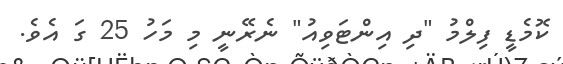
ކޮމެޑީ ފިލްމު "ދި އިންޓަވިއު" ނެރޭނީ މި މަހު 25 ގަ އެވެ.